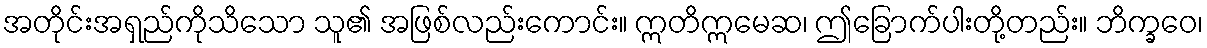
အတိုင်းအရှည်ကိုသိသော သူ၏ အဖြစ်လည်းကောင်း။ ဣတိဣမေဆ၊ ဤခြောက်ပါးတို့တည်း။ ဘိက္ခဝေ၊